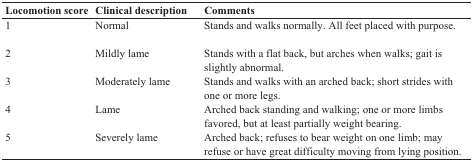
<table><thead><tr><td><b>Locomotion score </b></td><td><b>Clinical description</b></td><td><b>Comments</b></td></tr></thead><tbody><tr><td>1</td><td>Normal</td><td>Stands and walks normally. All feet placed with purpose.</td></tr><tr><td>2</td><td>Mildly lame </td><td>Stands with a flat back, but arches when walks; gait is slightly abnormal.</td></tr><tr><td>3</td><td>Moderately lame</td><td>Stands and walks with an arched back; short strides with one or more legs.</td></tr><tr><td>4</td><td>Lame</td><td>Arched back standing and walking; one or more limbs favored, but at least partially weight bearing.</td></tr><tr><td>5</td><td>Severely lame </td><td>Arched back; refuses to bear weight on one limb; may refuse or have great difficulty moving from lying position.</td></tr></tbody></table>